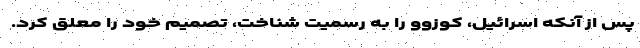
پس از آنکه اسرائیل، کوزوو را به رسمیت شناخت، تصمیم خود را معلق کرد.